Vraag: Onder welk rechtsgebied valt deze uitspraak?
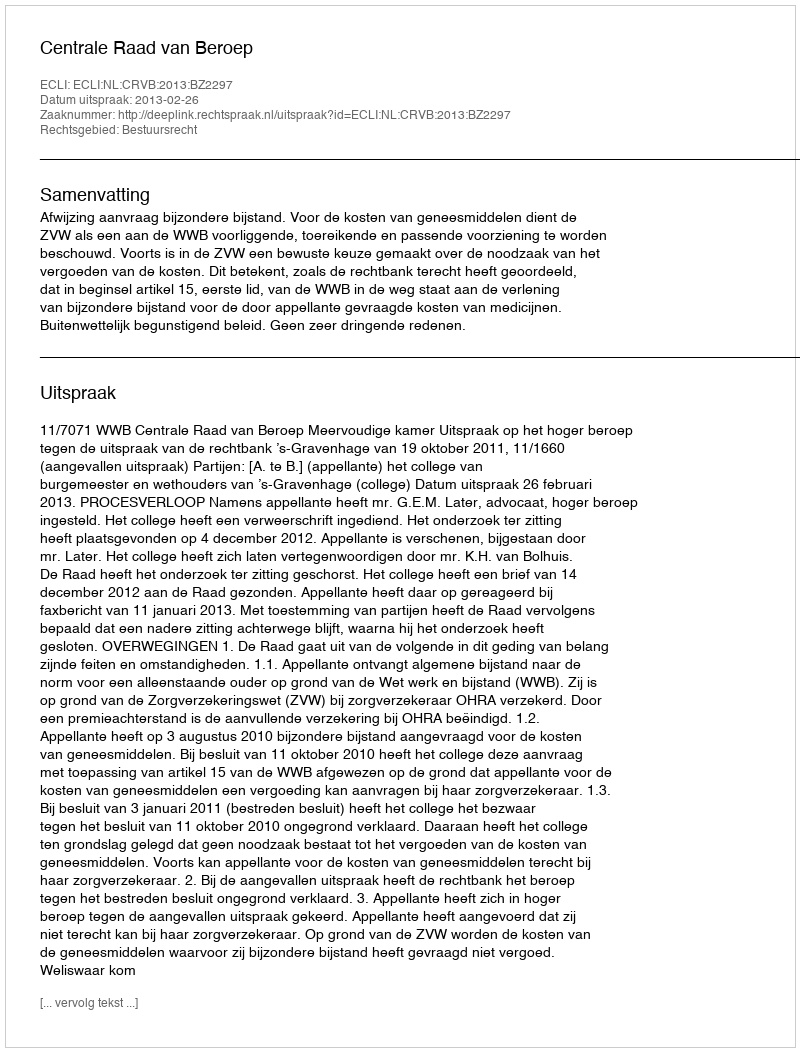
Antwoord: Bestuursrecht